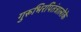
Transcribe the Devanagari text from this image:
गुरूभिरपितंत्रालोके